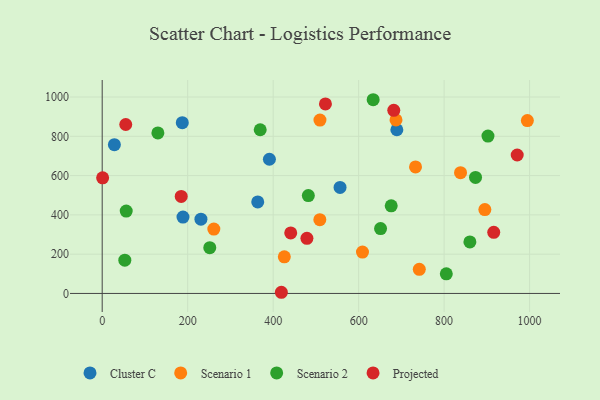
{"axis": {"x": "Distance", "y": "Yield"}, "legend": ["Cluster C", "Projected", "Scenario 1", "Scenario 2"], "data": [{"x": "689.4", "y": 833.3, "type": "Cluster C"}, {"x": "231.0", "y": 378.1, "type": "Cluster C"}, {"x": "391.2", "y": 683.1, "type": "Cluster C"}, {"x": "189.0", "y": 389.0, "type": "Cluster C"}, {"x": "187.4", "y": 869.2, "type": "Cluster C"}, {"x": "363.9", "y": 465.8, "type": "Cluster C"}, {"x": "556.5", "y": 539.7, "type": "Cluster C"}, {"x": "28.5", "y": 757.4, "type": "Cluster C"}, {"x": "261.2", "y": 327.8, "type": "Scenario 1"}, {"x": "895.3", "y": 426.8, "type": "Scenario 1"}, {"x": "687.4", "y": 883.5, "type": "Scenario 1"}, {"x": "741.9", "y": 123.0, "type": "Scenario 1"}, {"x": "426.1", "y": 186.3, "type": "Scenario 1"}, {"x": "609.0", "y": 210.4, "type": "Scenario 1"}, {"x": "733.1", "y": 644.2, "type": "Scenario 1"}, {"x": "994.8", "y": 879.9, "type": "Scenario 1"}, {"x": "838.4", "y": 614.8, "type": "Scenario 1"}, {"x": "509.2", "y": 375.8, "type": "Scenario 1"}, {"x": "509.5", "y": 882.5, "type": "Scenario 1"}, {"x": "676.2", "y": 445.9, "type": "Scenario 2"}, {"x": "860.3", "y": 262.2, "type": "Scenario 2"}, {"x": "805.1", "y": 99.8, "type": "Scenario 2"}, {"x": "56.2", "y": 419.6, "type": "Scenario 2"}, {"x": "251.7", "y": 232.9, "type": "Scenario 2"}, {"x": "130.3", "y": 817.2, "type": "Scenario 2"}, {"x": "873.5", "y": 590.9, "type": "Scenario 2"}, {"x": "52.9", "y": 169.4, "type": "Scenario 2"}, {"x": "369.7", "y": 833.4, "type": "Scenario 2"}, {"x": "902.6", "y": 801.3, "type": "Scenario 2"}, {"x": "651.3", "y": 330.4, "type": "Scenario 2"}, {"x": "634.0", "y": 986.2, "type": "Scenario 2"}, {"x": "482.3", "y": 498.1, "type": "Scenario 2"}, {"x": "1.0", "y": 588.6, "type": "Projected"}, {"x": "971.0", "y": 704.8, "type": "Projected"}, {"x": "682.2", "y": 932.3, "type": "Projected"}, {"x": "916.1", "y": 311.0, "type": "Projected"}, {"x": "55.1", "y": 860.2, "type": "Projected"}, {"x": "184.9", "y": 493.8, "type": "Projected"}, {"x": "479.0", "y": 280.5, "type": "Projected"}, {"x": "419.2", "y": 6.0, "type": "Projected"}, {"x": "522.3", "y": 964.8, "type": "Projected"}, {"x": "441.1", "y": 307.9, "type": "Projected"}]}